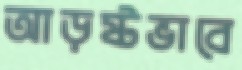
আড়ষ্টভাবে